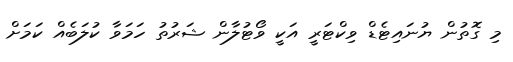
މި ގޮތުން ޔުނައިޓެޑް ވިކްޓަރީ އަކީ ވޯޓުލާން ޝަރުތު ހަމަވާ ކުލަބެއް ކަމަށް